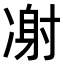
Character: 㓔